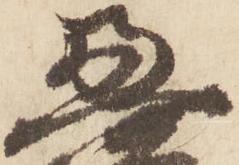
恵